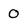
Character: 0